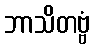
ဘာသိတဗ္ဗံ